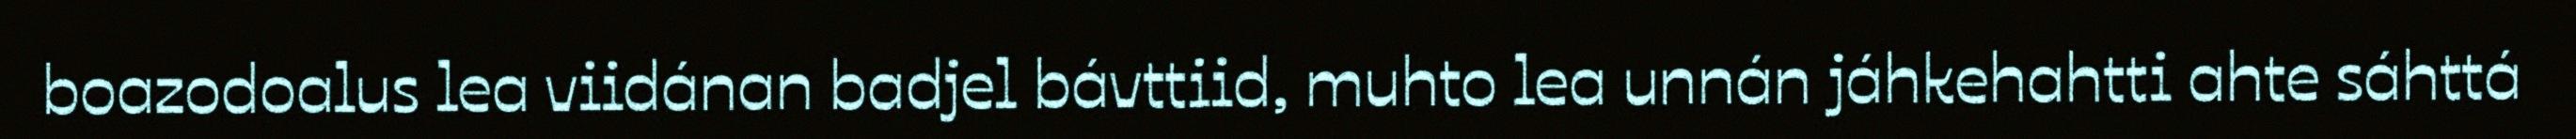
boazodoalus lea viidánan badjel bávttiid, muhto lea unnán jáhkehahtti ahte sáhttá